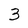
Character: 3